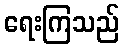
ရေးကြသည်